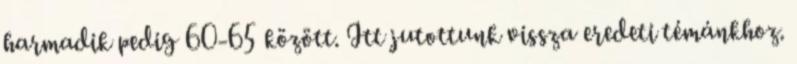
harmadik pedig 60-65 között. Itt jutottunk vissza eredeti témánkhoz.